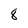
Character: 8